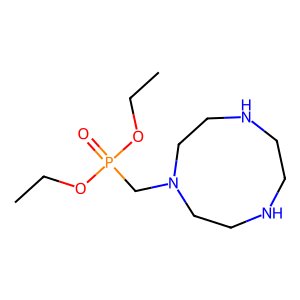
SMILES: CCOP(=O)(CN1CCNCCNCC1)OCC
Inhibits HIV replication: No